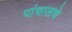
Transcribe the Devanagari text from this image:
पांचालचे